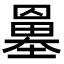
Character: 𡒀